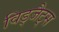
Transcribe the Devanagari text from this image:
विड्जैट्स